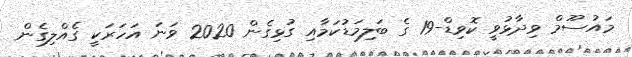
މައުސޫމް ވިދާޅުވީ ކޮވިޑް-19 ގެ ބަލިމަޑުކަމާއި ގުޅިގެން 2020 ވަނަ އަހަރަކީ ގެއްލިގެން